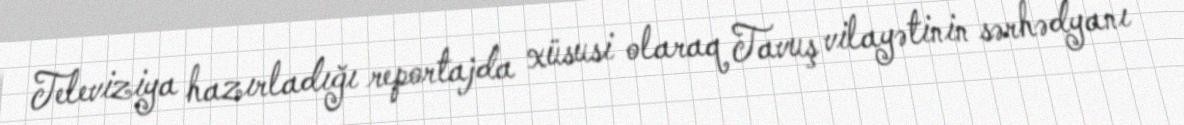
Televiziya hazırladığı reportajda xüsusi olaraq Tavuş vilayətinin sərhədyanı